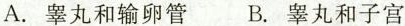
A.睾丸和输卵管 B.睾丸和子宫